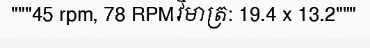
"""45 rpm, 78 RPMវិមាត្រ: 19.4 x 13.2"""